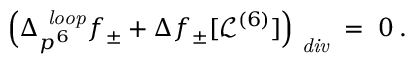
\Big ( \Delta _ { p ^ { 6 } } ^ { \mathrm { \it ~ l o o p } } f _ { \pm } + \Delta f _ { \pm } [ \mathcal { L } ^ { ( 6 ) } ] \Big ) _ { \mathrm { \it ~ d i v } } \; = \; 0 \: .